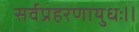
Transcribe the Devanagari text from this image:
सर्वप्रहरणायुधः।।